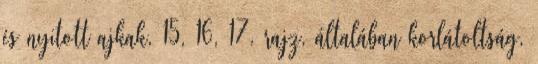
és nyitott ajkak, 15, 16, 17. rajz, általában korlátoltság,